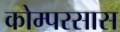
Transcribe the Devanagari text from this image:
कोम्परसास